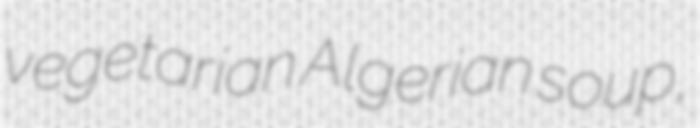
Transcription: vegetarian Algerian soup,